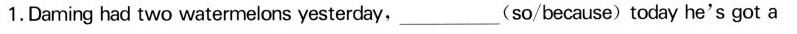
1.Daring had two watermelons yesterday,_____(so/because) today he's got a